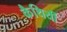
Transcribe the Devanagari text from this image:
कैथियीं